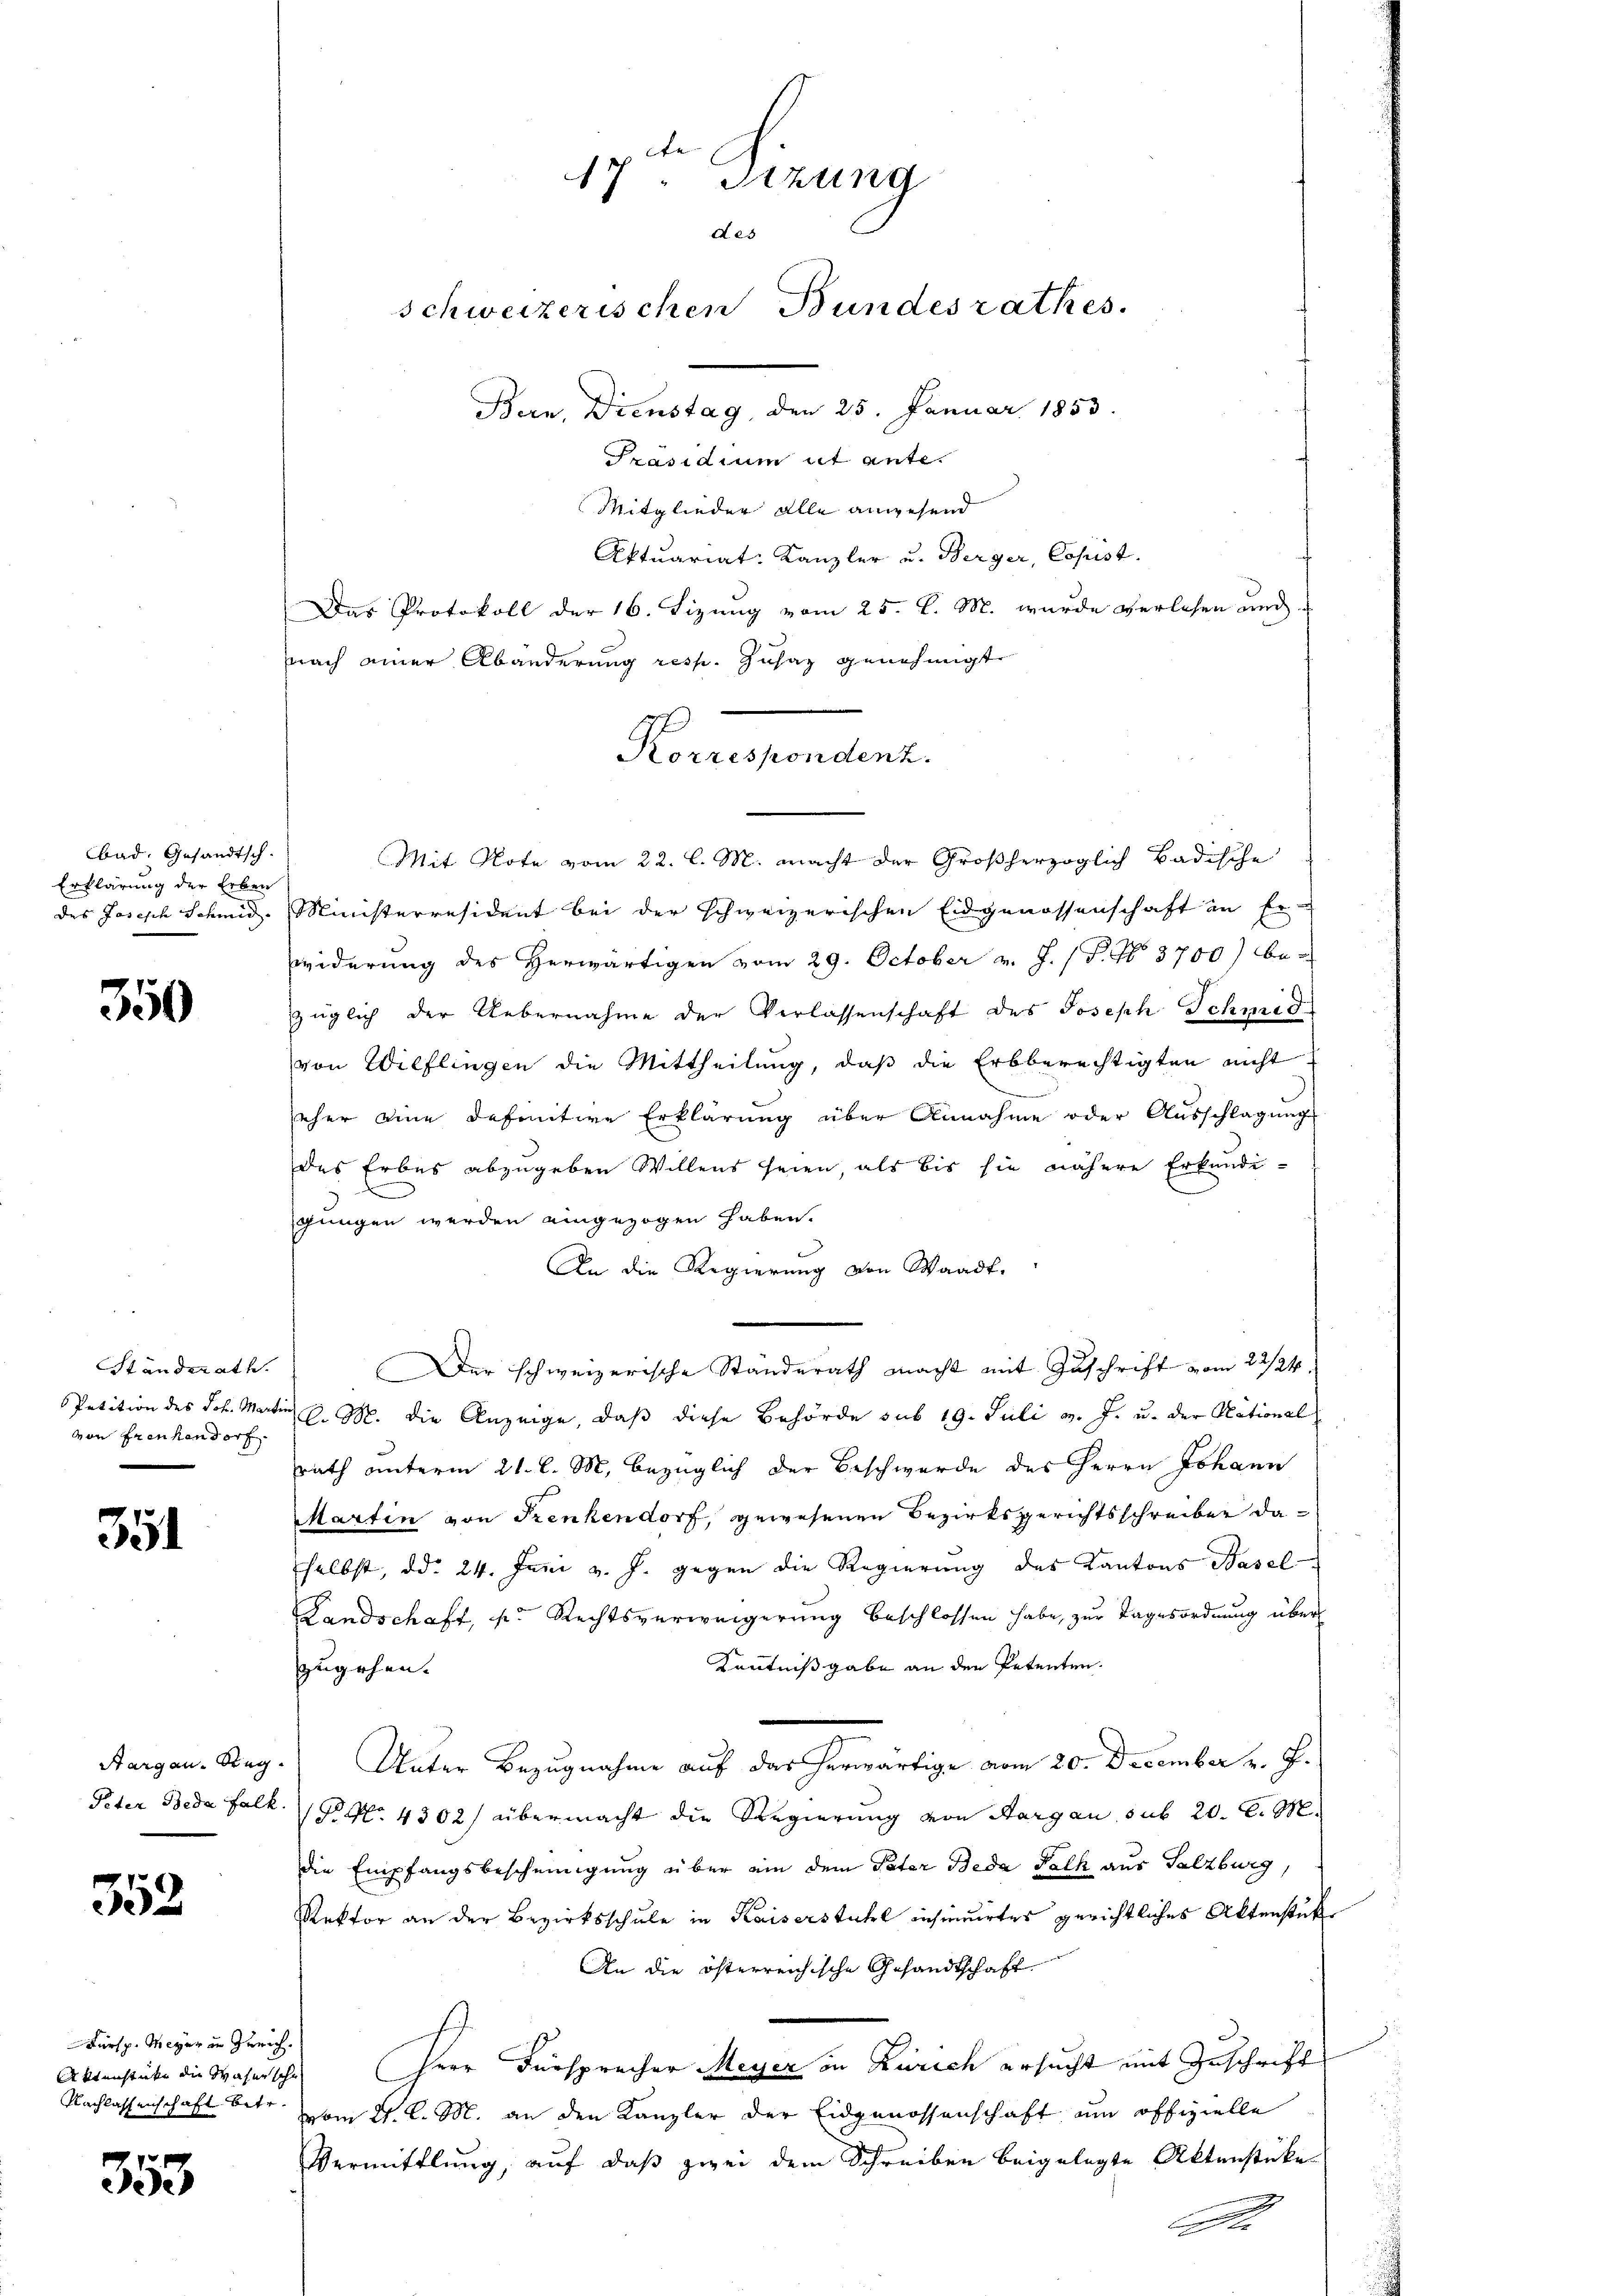
bad, Gesandtsch
Erklärung der Erben

350

Standerath.
Petition des Joh. Martin
von Freihendorf

351

Aargau. Sieg

352

Fürsp. Meyer in Zürich.
Nachlassenschaft betr.

353

Mitglieder alle anwesend
Aktuariat-Kanzler u. Berger, Copist.
Das Protokoll der 16. Sizung vom 25. d. M. wurde verlesen und
nach einer Abänderung resp. Zusaz genehmigt.
Korrespondenz.

Mit Note vom 22. l. M. macht der Großherzoglich Badische
des Joseph Schmid- Ministerresident bei der schweizerischen Eidgenossenschaft in Er-
widerung des Herwärtigen vom 29. October v. J. (T. No. 3700) bezüglich der Uebernahme der Verlassenschaft des Joseph Schmid
von Wilflingen die Mittheilung, daß die Erbberechtigten nicht
seher eine definitive Erklärung über Annahme oder Aŭsschlagung
des Erbes abzugeben Willens seien, als bis sie nähere Erkundisgungen werden eingezogen haben.
An die Regierung von Waadt.
Der schweizerische Ständerath macht mit Zuschrift vom 22/24.
l. M. die Anzeige, daß diese Behörde sub 19. Juli v. J. u. der National
srath unterm 21. l. M. bezüglich der Beschwerde des Herrn Johann
Martin von Trenkendorf, gewesenen Bezirksgerichtsschreiber daselbst, dd. 24. Juni v. J. gegen die Regierung des Kantons Basel
Landschaft, u. Rechtsverweigerung beschlossen habe, zur Tagesordnung über
Kenntnißgabe an den Petenten.
zugehen. |
Unter Bezugnahme auf der herwärtige vom 20. December v. J.
Peter Beda Falk. No. 4302) übermacht die Regierung von Aargau sub 20. C. M.
die Empfangsbescheinigung über ein dem Pater Beda Palk aus Salzburg
Rektor an der Bezirksschule in Kaiserstuhl insinuirtes gerichtliches Aktenstük¬
An die österreichische Gesandtschaft
Aktenstücke die Wasersche Herr Fürsprecher Meyer in Zürich ersucht mit Zuschrift
vom 21. d. M. an den Kanzler der Eidgenossenschaft um offizielle
Vermittlung, auf daß zwei dem Schreiben beigelegte Aktenstücke
S.

7 " Sitzung
des
schweizerischen Bundesrathes.
Bern, Dienstag, den 25. Januar 1853.
Präsidium et ante.